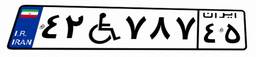
۴۲W۷۸۷۴۵